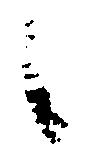
之